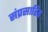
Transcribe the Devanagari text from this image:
संप्रसारित